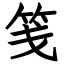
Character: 笺